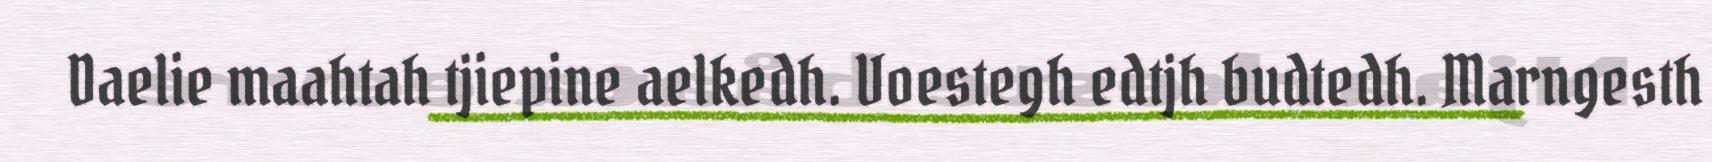
Daelie maahtah tjiepine aelkedh. Voestegh edtjh budtedh. Marngesth